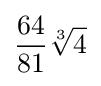
{\frac {64}{81}}{\sqrt[{3}]{4}}